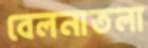
বেলনাতলা